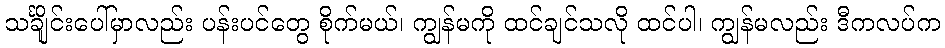
သင်္ချိုင်းပေါ်မှာလည်း ပန်းပင်တွေ စိုက်မယ်၊ ကျွန်မကို ထင်ချင်သလို ထင်ပါ၊ ကျွန်မလည်း ဒီကလပ်က